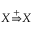
X { \stackrel { + } { \Rightarrow } } X